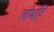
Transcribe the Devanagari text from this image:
लोभहि